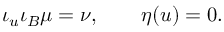
\iota _ { u } \iota _ { B } \mu = \nu , \qquad \eta ( u ) = 0 .